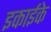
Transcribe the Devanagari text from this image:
इकाईके